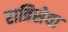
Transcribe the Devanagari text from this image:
रात्रिसेवा